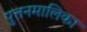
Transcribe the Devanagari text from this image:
पुत्तनमालिका